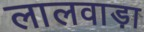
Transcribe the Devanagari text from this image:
लालवाड़ा